Investigations on Bengal jail dietaries - Number 37
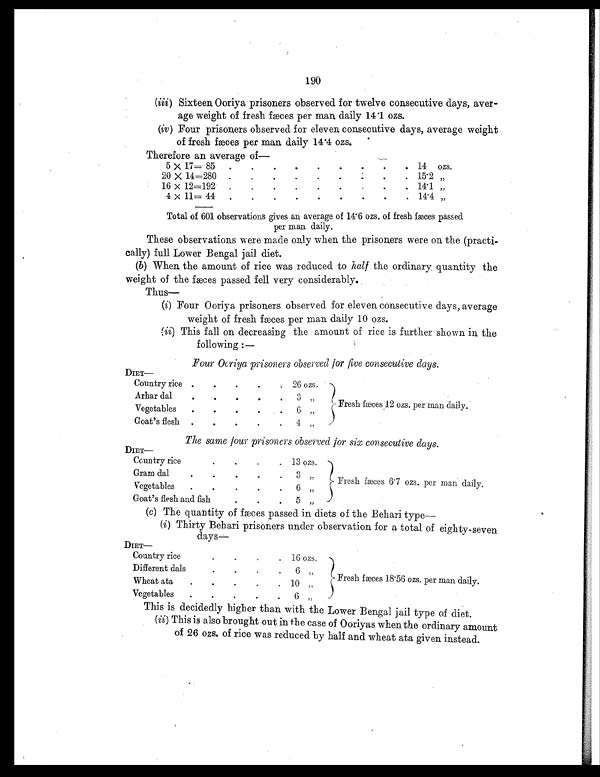
190
(iii) Sixteen Ooriya prisoners observed for twelve consecutive days, aver
-age weight of fresh fæces per man daily 14.1 ozs.
(iv) Four prisoners observed for eleven consecutive days, average weigh
t of fresh fæces per man daily 14.4 ozs.
Therefore an average of
—
5 × 17= 85
.
.
.
.
.
.
.
.
. 14 ozs.
20 × 14=280
.
.
.
.
.
.
.
.
. 15.2 „
16 × 12=192
.
.
.
.
.
.
.
.
. 14.1 „
4 × 11= 44
.
.
.
.
.
.
.
.
. 14.4 „
Total of 601 observations gives an average of 14.6 ozs. of fresh fæces passed
per man daily.
These observations were made only when the prisoners were on the (practi-
cally) full Lower Bengal jail diet.
(b) When the amount of rice was reduced to half the ordinary quantity the
weight of the fæces passed fell very considerably.
Thus—
(i) Four Ooriya prisoners observed for eleven consecutive days, average
weight of fresh fæces per man daily 10 ozs.
(ii) This fall on decreasing the amount of rice is further shown in the
following:-
Four Ooriya prisoners observed for five consecutive days.
D I E T —
Country rice .
.
.
.
. 26 ozs.
Fresh fæces 12 ozs. per man daily.
Arhar dal
.
.
. .
.
3
„
Vegetables
.
.
.
.
.
6 „
Goat's flesh .
.
.
.
.
4
„
The same four prisoners observed for six consecutive days.
DIET
—
Country rice
.
.
.
. 13 ozs.
Fresh fæces 6.7 ozs. per man daily.
Gram dal
.
.
.
.
.
3
„
Vegetables
.
.
.
.
. 6
„
Goat's flesh and fish
.
.
. 5
„
(c ) The quantity of fæces passed in diets of the Behari type
—
( i ) Thirty Behari prisoners under observation for a total of eighty-seven
days—
D I E T —
Country rice
.
.
. . 16 ozs.
Fresh fæces 18.56 ozs. per man daily.
Different dals
.
.
.
.
6 „
Wheat ata
.
.
.
.
. 10 „
Vegetables
.
.
.
.
.
6 „
This is decidedly higher than with the Lower Bengal jail type of diet.
(ii ) This is also brought out in the case of Ooriyas when the ordinary amount
of 26 ozs. of rice was reduced by half and wheat ata given instead.